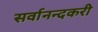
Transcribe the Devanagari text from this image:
सर्वानन्दकरी